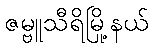
ဇမ္ဗူသီရိမြို့နယ်